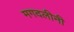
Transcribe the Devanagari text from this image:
मगदलीनी